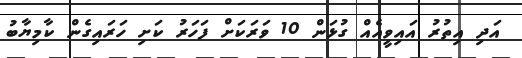
އަދި އިތުރު އައިވީއެއް ގުޅަން 10 ވަރަކަށް ފަހަރު ކަށި ހަރައިގެން ކާމިޔާބު